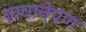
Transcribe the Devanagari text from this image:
नावानेपण